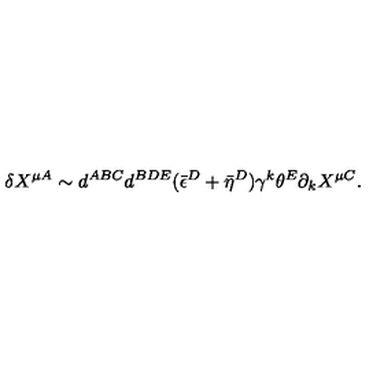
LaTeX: \delta X ^ { \mu A } \sim d ^ { A B C } d ^ { B D E } ( \bar { \epsilon } ^ { D } + \bar { \eta } ^ { D } ) \gamma ^ { k } \theta ^ { E } \partial _ { k } X ^ { \mu C } .